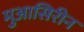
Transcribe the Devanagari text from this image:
मुआसिरीन